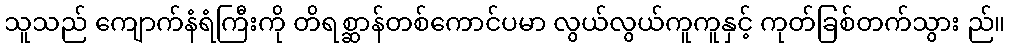
သူသည် ကျောက်နံရံကြီးကို တိရစ္ဆာန်တစ်ကောင်ပမာ လွယ်လွယ်ကူကူနှင့် ကုတ်ခြစ်တက်သွား ည်။